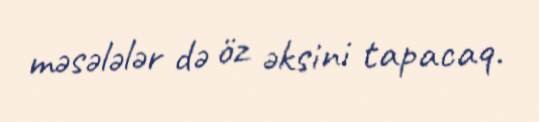
məsələlər də öz əksini tapacaq.